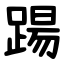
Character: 踼